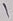
Text: 1